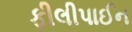
ફીલીપાઈન